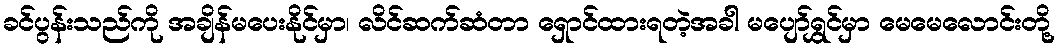
ခင်ပွန်းသည်ကို အချိန်မပေးနိုင်မှာ၊ လိင်ဆက်ဆံတာ ရှောင်ထားရတဲ့အခါ မပျော်ရွှင်မှာ မေမေလောင်းတို့